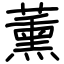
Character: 薰